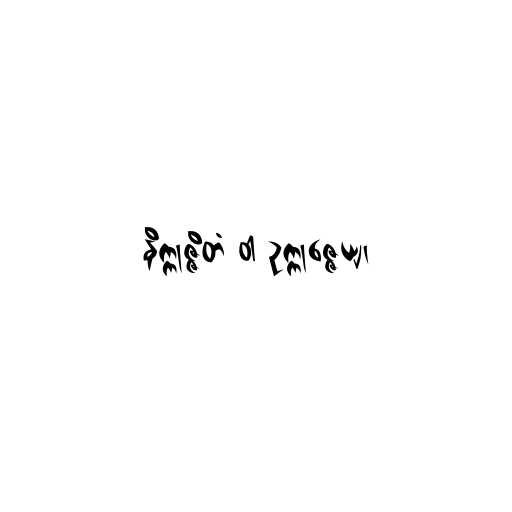
နိက္ကုဇ္ဇိတံ ဝါ ဥက္ကုဇ္ဇေယျ၊